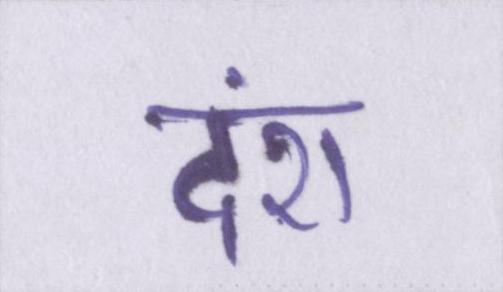
दंश